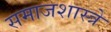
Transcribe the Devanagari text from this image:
समाजशास्त्रे